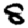
Digit: 8